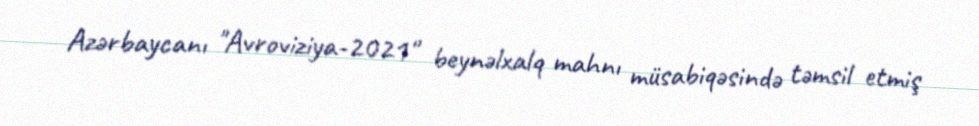
Azərbaycanı "Avroviziya-2021" beynəlxalq mahnı müsabiqəsində təmsil etmiş